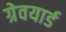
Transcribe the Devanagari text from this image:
ग्रेवयार्ड